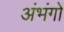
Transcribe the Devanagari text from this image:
अंभंगों